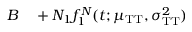
\begin{array} { r l } { B } & { { } + N _ { 1 } f _ { 1 } ^ { N } ( t ; \mu _ { \mathrm { T T } } , \sigma _ { \mathrm { T T } } ^ { 2 } ) } \end{array}